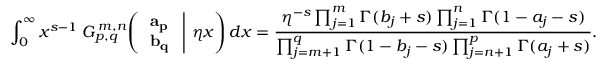
\int _ { 0 } ^ { \infty } x ^ { s - 1 } \; G _ { p , q } ^ { \, m , n } \! \left( \left. { \begin{array} { l } { \mathbf { a _ { p } } } \\ { \mathbf { b _ { q } } } \end{array} } \; \right| \, \eta x \right) d x = { \frac { \eta ^ { - s } \prod _ { j = 1 } ^ { m } \Gamma ( b _ { j } + s ) \prod _ { j = 1 } ^ { n } \Gamma ( 1 - a _ { j } - s ) } { \prod _ { j = m + 1 } ^ { q } \Gamma ( 1 - b _ { j } - s ) \prod _ { j = n + 1 } ^ { p } \Gamma ( a _ { j } + s ) } } .